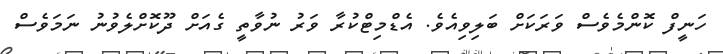
ހަނީފް ކޮންމެވެސް ވަރަކަށް ބަލިވިއެވެ. އެޑްމިޓްކުރާ ވަރު ނުވާތީ ގެއަށް ދޫކޮށްލެވުނު ނަމަވެސް